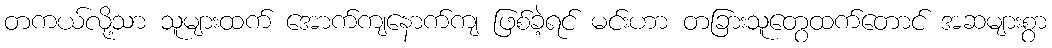
တကယ်လို့သာ သူများထက် အောက်ကျနောက်ကျ ဖြစ်ခဲ့ရင် မင်းဟာ တခြားသူတွေထက်တောင် အဆများစွာ